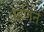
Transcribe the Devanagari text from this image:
म्हणन